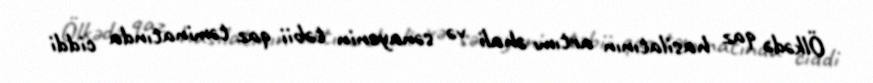
Ölkədə qaz hasilatının artımı əhali və sənayenin təbii qaz təminatında ciddi